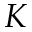
K